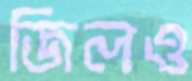
জিলও